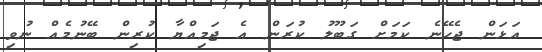
އަޅަން ޖެހޭނެ ކަމަށް ގަބޫލު ކުރަން އެ ޖަމިއްޔާ ކުރިން ބޭނުމެއް ނުވި